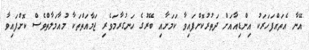
އޭނާ އެތައްފަހަރަކު އިންޑިއާއަށް ދަތުރުކޮށްފައިވާ ކަމަށާއި ބޭރުގެ ހަނގުރާމަވެރި ޖަމާއަތްތަކާ މުއާމަލާތްވެސް ކޮށްފައިވާ